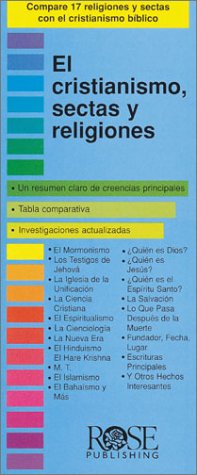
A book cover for Christianity, Cults and Religions Pamphlet (Compare 18 World Religions and Cults at a Glance!) (Spanish Edition); Rose Publishing; Christian Books & Bibles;